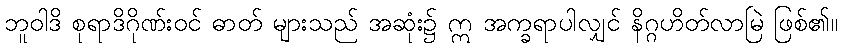
ဘူဝါဒိ စုရာဒိဂိုဏ်းဝင် ဓာတ် များသည် အဆုံး၌ ဣ အက္ခရာပါလျှင် နိဂ္ဂဟိတ်လာမြဲ ဖြစ်၏။